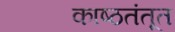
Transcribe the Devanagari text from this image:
काष्ठतंतूत